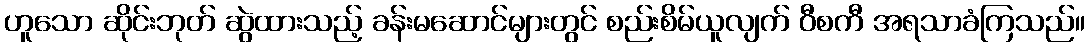
ဟူသော ဆိုင်းဘုတ် ဆွဲထားသည့် ခန်းမဆောင်များတွင် စည်းစိမ်ယူလျက် ဝီစကီ အရသာခံကြသည်။